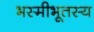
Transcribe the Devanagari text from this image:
भस्मीभूतस्य